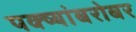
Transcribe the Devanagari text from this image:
पक्ष्यांबरोबर